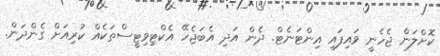
ކޮށްލަން ޖެހެނީ ވައިފައި އިންޓަނެޓް. ދެން އަދި އެބަޖެހޭ އެކްޓިވިޓީސްތަކެއް ކުރިއަށް ގެންދަން.